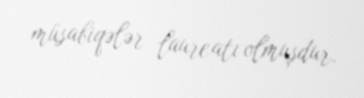
müsabiqələr laureatı olmuşdur.